Papers set at the Examination for Leaving Certificates, 1893
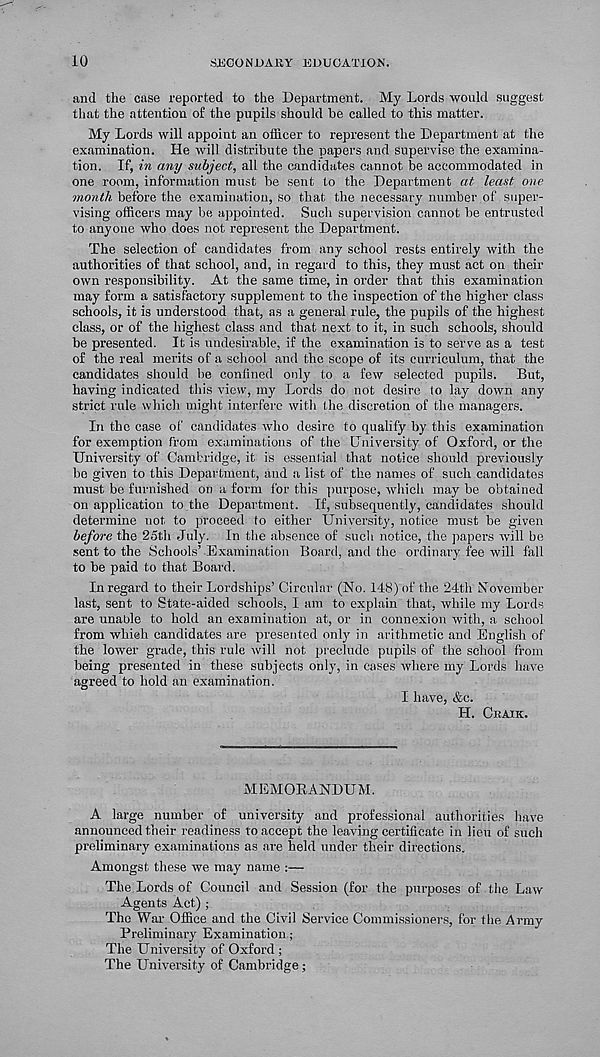
10
SECONDARY EDUCATION.
and the case reported to the Department. My Lords would suggest
that the attention of the pupils should be called to this matter.
My Lords will appoint an officer to represent the Department at the
examination. He will distribute the papers and supervise the examina-
tion. If, in any subject, all the candidates cannot be accommodated in
one room, information must be sent to the Department at least one
month before the examination, so that the necessary number of super-
vising officers may be appointed. Sucli supervision cannot be entrusted
to anyone who does not represent the Department.
The selection of candidates from any school rests entirely with the
authorities of that school, and, in regard to this, they must act on their
own responsibility. At the same time, in order that this examination
may form a satisfactory supplement to the inspection of the higher class
schools, it is understood that, as a general rule, the pupils of the highest
class, or of the highest class and that next to it, in such schools, should
be presented. It is undesirable, if the examination is to serve as a test
of the real merits of a school and the scope of its curriculum, that the
candidates should be confined only to a few selected pupils. But,
having indicated this view, my Lords do not desire to lay down any
strict rule which might interfere with the discretion of the managers.
In the case of candidates who desire to qualify by this examination
for exemption from examinations of the University of Oxford, or the
University of Cambridge, it is essential that notice should previously
bo given to this Department, and a list of the names of such candidates
must be furnished on a form for this purpose, which may be obtained
on application to the Department. If, subsequently, candidates should
determine not to proceed to either University, notice must be given
before the 25th July. In the absence of such notice, the papers will he
sent to the Schools’ Examination Board, and the ordinary fee will fall
to be paid to that Board.
In regard to their Lordships’ Circular (No. 148) of the 24th November
last, sent to State-aided schools, I am to explain that, while my Lords
are unable to hold an examination at, or in connexion with, a school
from which candidates are presented only in arithmetic and English of
the lower grade, this rule will not preclude pupils of the school from
being presented in these subjects only, in cases where my Lords have
agreed to hold an examination.
I have, &c.
H. CRAXK.
MEMORANDUM.
A large number of university and professional authorities have
announced their readiness to accept the leaving certificate in lieu of such
preliminary examinations as are held under their directions.
Amongst these we may name :—
The Lords of Council and Session (for the purposes of the Law
Agents Act) ;
The War Office and the Civil Service Commissioners, for the Army
Preliminary Examination;
The University of Oxford ;
The University of Cambridge;